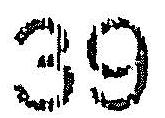
39